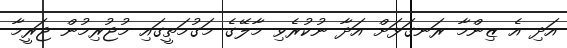
އަދި އެ ޒިންމާ ރަނގަޅަށް އަދާ ނުކުރެވި މާލޭގެ މަގުމަތީގައި މުޖުރިމުން ޖަރީމާ